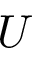
U